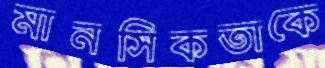
মানসিকতাকে